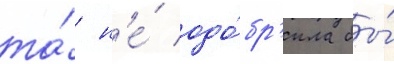
та́ н'е́ одо́бр'ила бы́